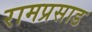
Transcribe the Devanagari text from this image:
रामप्रसाड